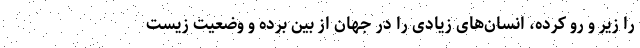
را زیر و رو کرده، انسان‌های زیادی را در جهان از بین برده و وضعیت زیست